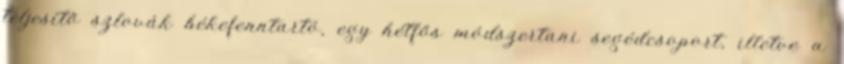
teljesítő szlovák békefenntartó, egy hétfős módszertani segédcsoport, illetve a